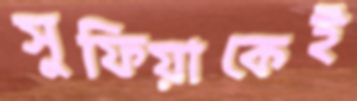
সুফিয়াকেই